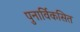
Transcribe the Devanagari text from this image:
पुनार्विकसित